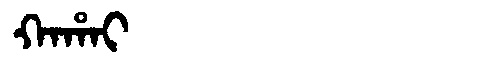
Manchu: ᡴᠠᡥᠠᡳ
Romanization: KAHAI